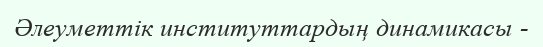
Әлеуметтік институттардың динамикасы -